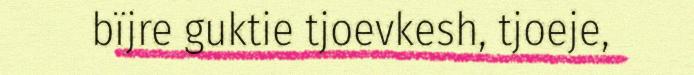
bïjre guktie tjoevkesh, tjoeje,